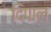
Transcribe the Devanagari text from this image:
दिपाल